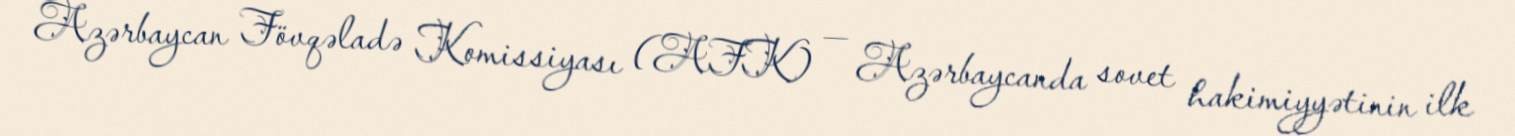
Azərbaycan Fövqəladə Komissiyası (AFK) — Azərbaycanda sovet hakimiyyətinin ilk